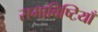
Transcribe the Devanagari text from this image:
समाविष्टियाँ